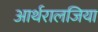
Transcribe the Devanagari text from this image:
आर्थरालजिया